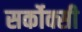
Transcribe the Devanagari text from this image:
सर्कोक्सी